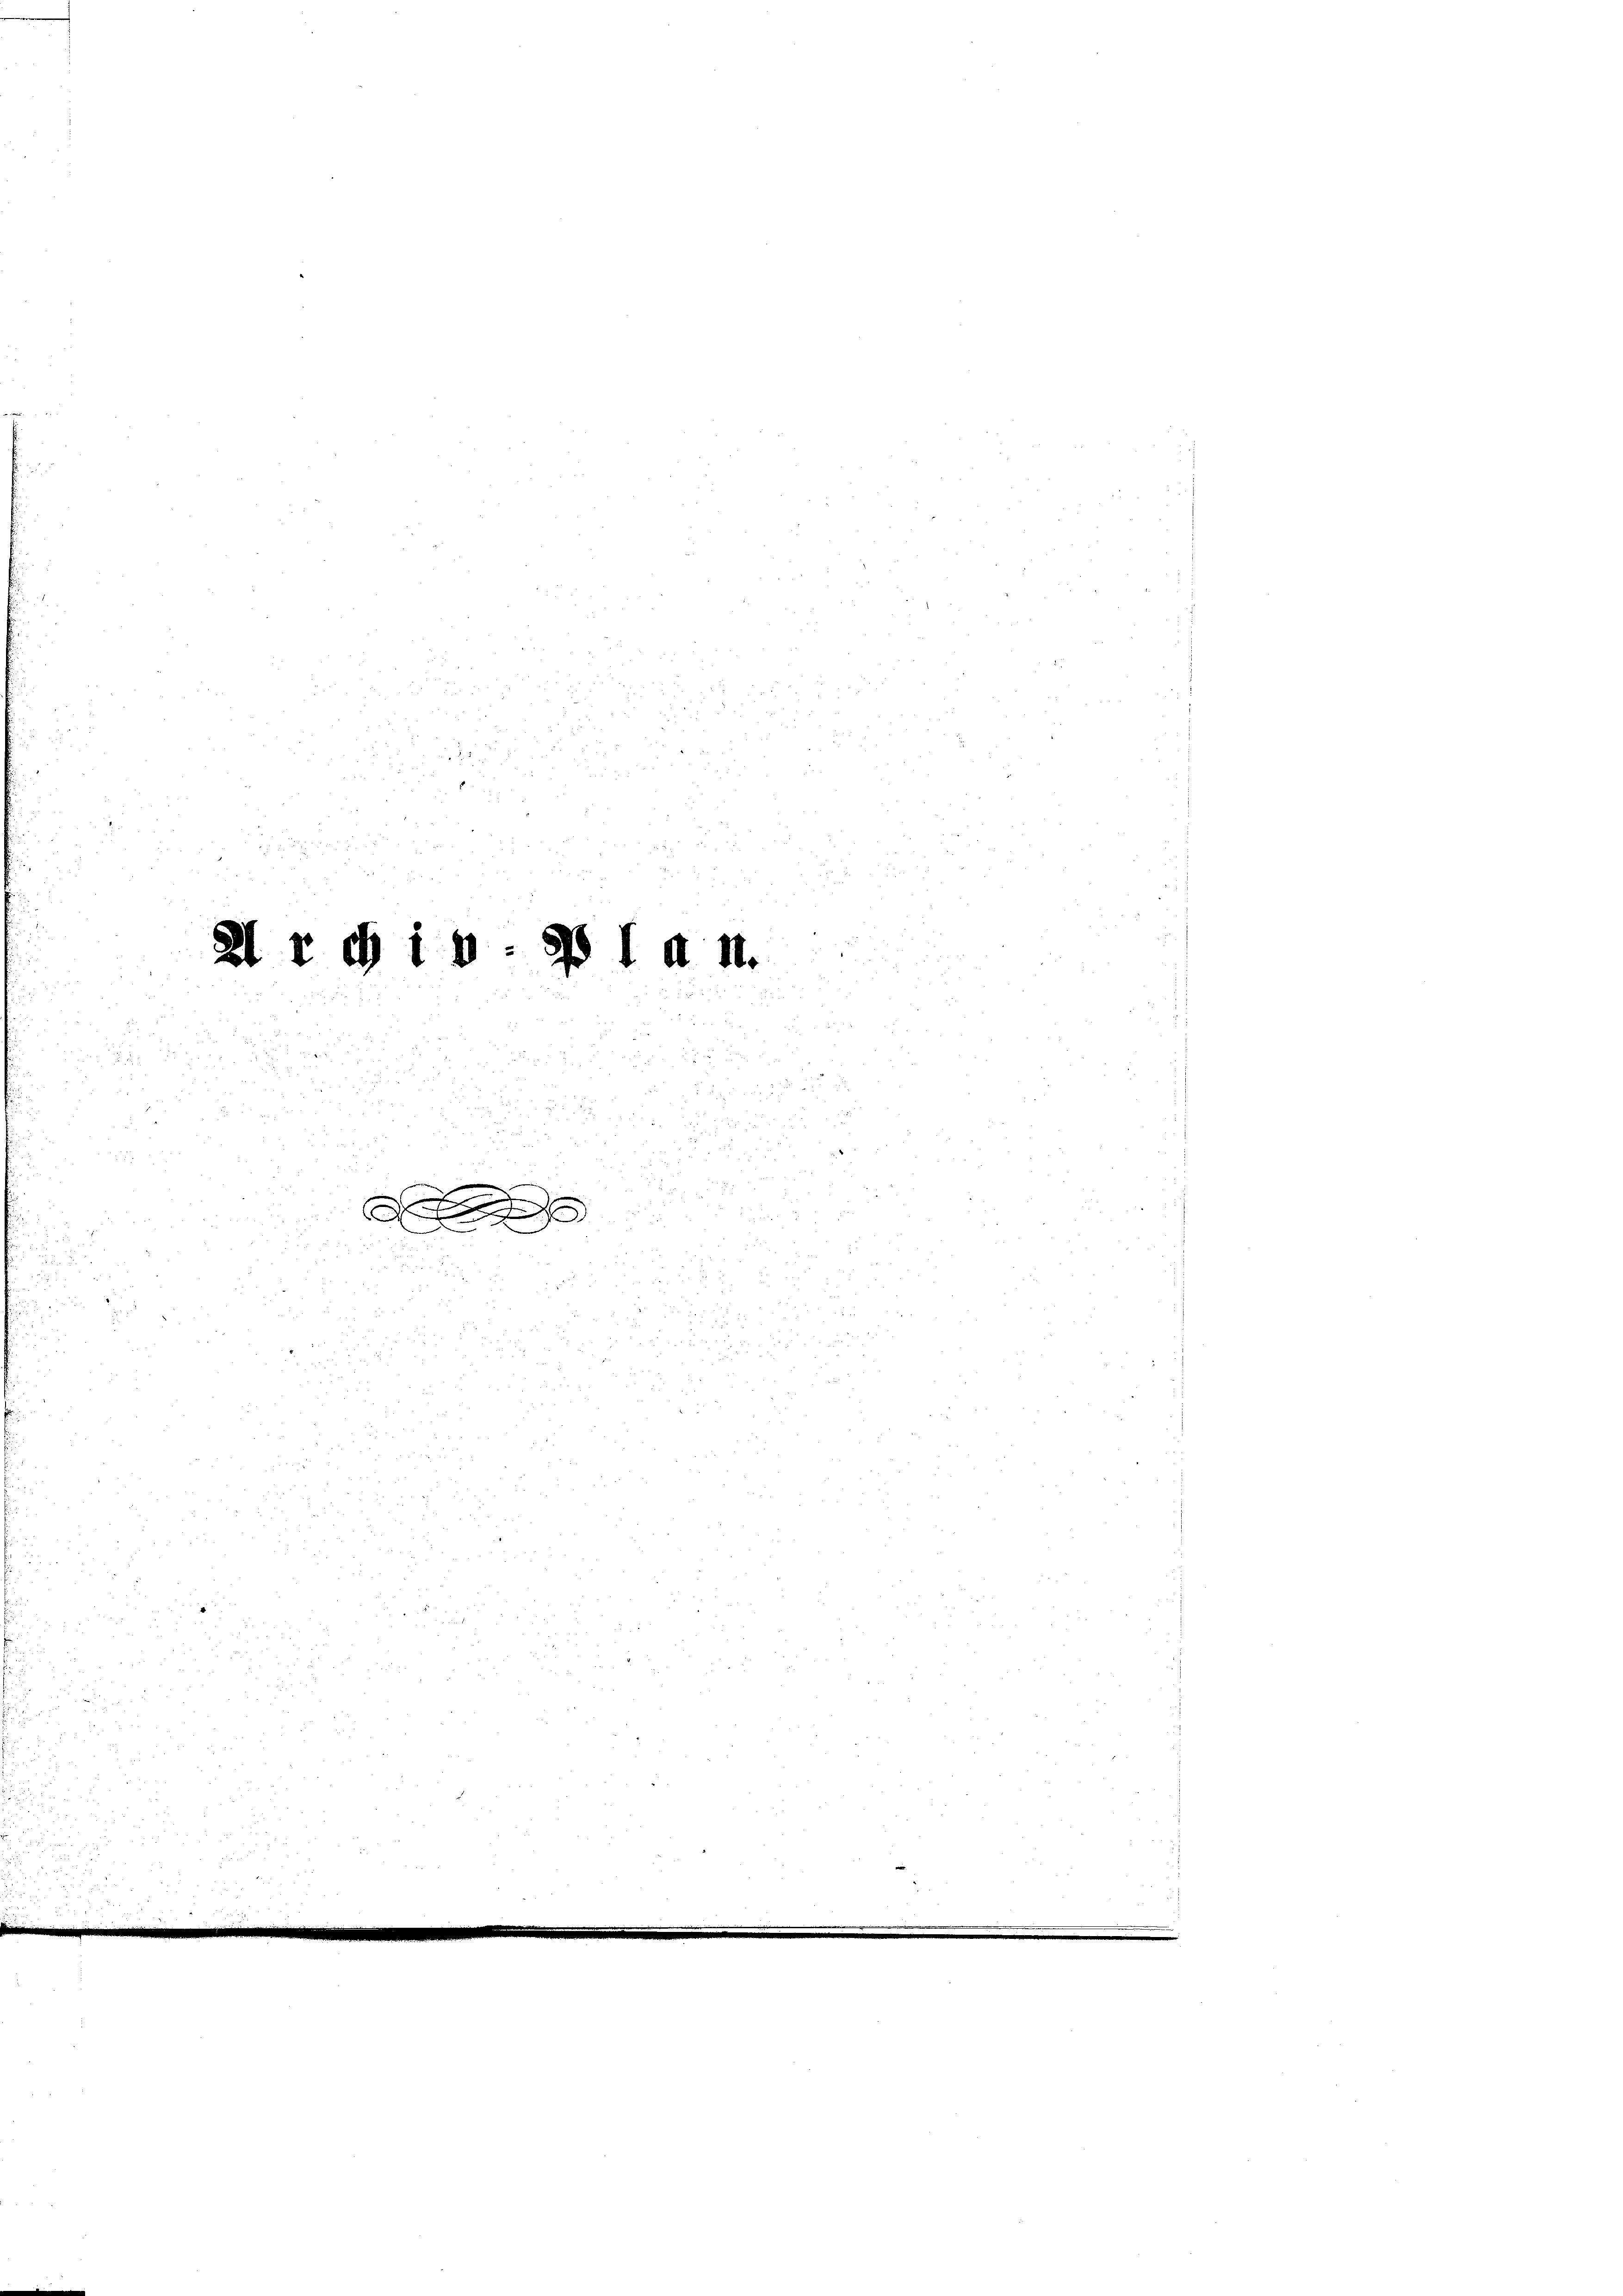
.

910 f 18 x

n

p

.

 xx
.